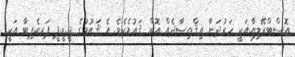
އޮސްޓްރޭލިޔާއަކީ ހަރުދަނާ އިޤްތިޞާދެއް އޮތް ޤައުމެކެވެ. އެ ޤައުމުގެ ޖީ.ޑީ.ޕީ ޕަރކެޕިޓާ އަކީ